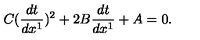
C ( \frac { d t } { d x ^ { 1 } } ) ^ { 2 } + 2 B \frac { d t } { d x ^ { 1 } } + A = 0 .